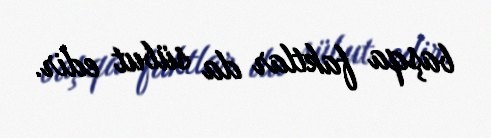
başqa faktlar da sübut edir.